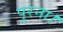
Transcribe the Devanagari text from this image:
पुरना।